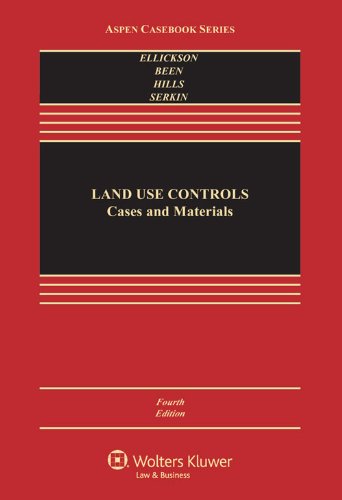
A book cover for Land Use Controls: Cases and Materials, Fourth Edition (Aspen Casebook); Robert C. Ellickson; Law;